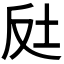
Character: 𡊃